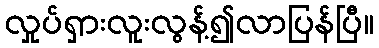
လှုပ်ရှားလူးလွန့်၍လာပြန်ပြီ။